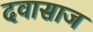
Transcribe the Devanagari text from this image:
दवासाज